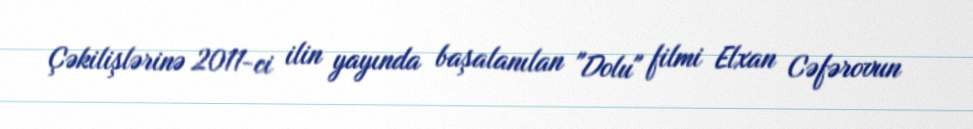
Çəkilişlərinə 2011-ci ilin yayında başalanılan "Dolu" filmi Elxan Cəfərovun